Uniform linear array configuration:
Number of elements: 12
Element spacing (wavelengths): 0.25
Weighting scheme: hamming
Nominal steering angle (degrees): -60
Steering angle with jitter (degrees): -58.092
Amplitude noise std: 0.05
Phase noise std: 0.05

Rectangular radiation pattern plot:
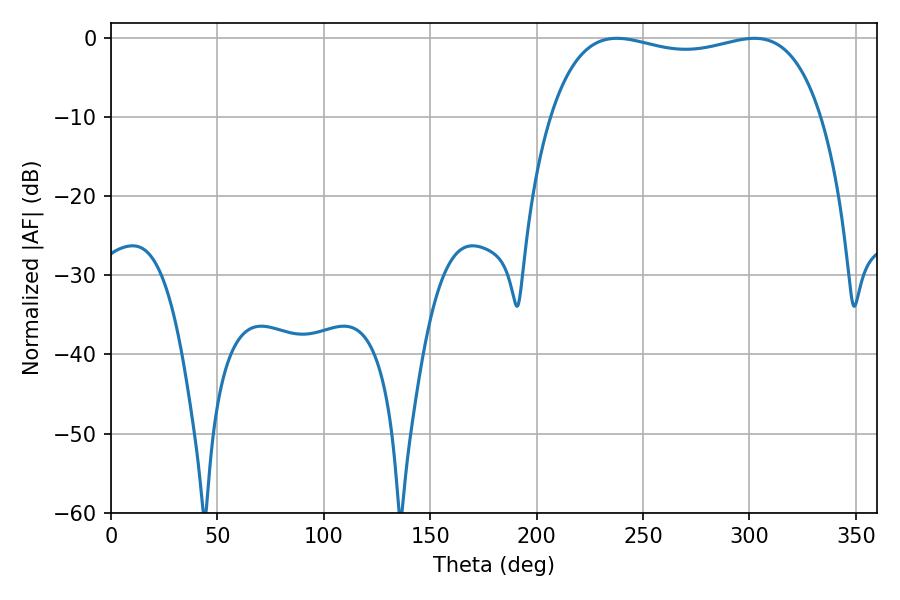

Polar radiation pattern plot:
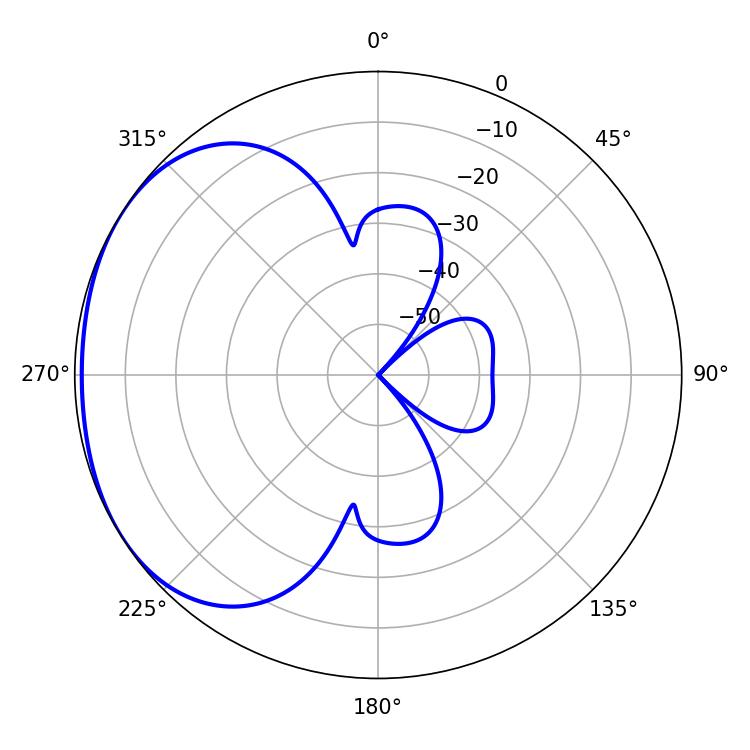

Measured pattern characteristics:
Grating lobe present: FALSE
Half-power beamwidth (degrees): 103.32
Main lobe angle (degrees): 237.6